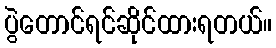
ပွဲတောင်ရင်ဆိုင်ထားရတယ်။